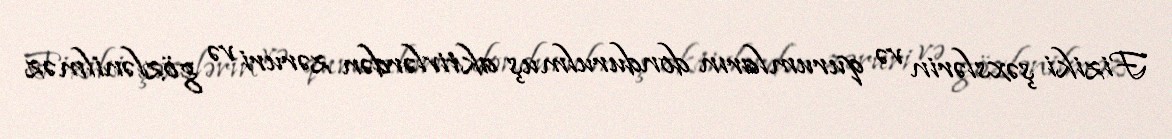
Fiziki şəxslərin və qurumların dondurulmuş aktivlərdən zəruri və gözlənilməz